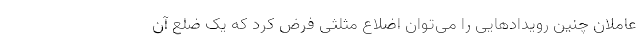
عاملان چنین رویدادهایی را می‌توان اضلاع مثلثی فرض کرد که یک ضلع آن